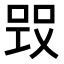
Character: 𠵪